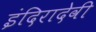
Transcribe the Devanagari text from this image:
इंदिरादेवी